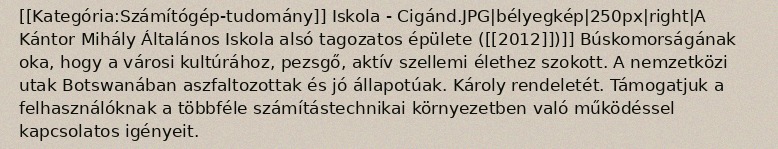
[[Kategória:Számítógép-tudomány]] Iskola - Cigánd.JPG|bélyegkép|250px|right|A Kántor Mihály Általános Iskola alsó tagozatos épülete ([[2012]])]] Búskomorságának oka, hogy a városi kultúrához, pezsgő, aktív szellemi élethez szokott. A nemzetközi utak Botswanában aszfaltozottak és jó állapotúak. Károly rendeletét. Támogatjuk a felhasználóknak a többféle számítástechnikai környezetben való működéssel kapcsolatos igényeit.